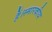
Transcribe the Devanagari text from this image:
हैं।स्मारकीय